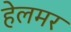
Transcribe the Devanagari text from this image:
हेलमर